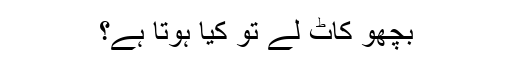
بچھو کاٹ لے تو کیا ہوتا ہے؟